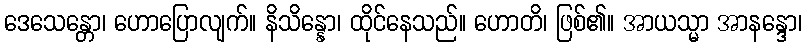
ဒေသေန္တော၊ ဟောပြောလျက်။ နိသိန္နော၊ ထိုင်နေသည်။ ဟောတိ၊ ဖြစ်၏။ အာယသ္မာ အာနန္ဒော၊